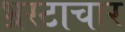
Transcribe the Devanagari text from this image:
भ्रस्टाचार